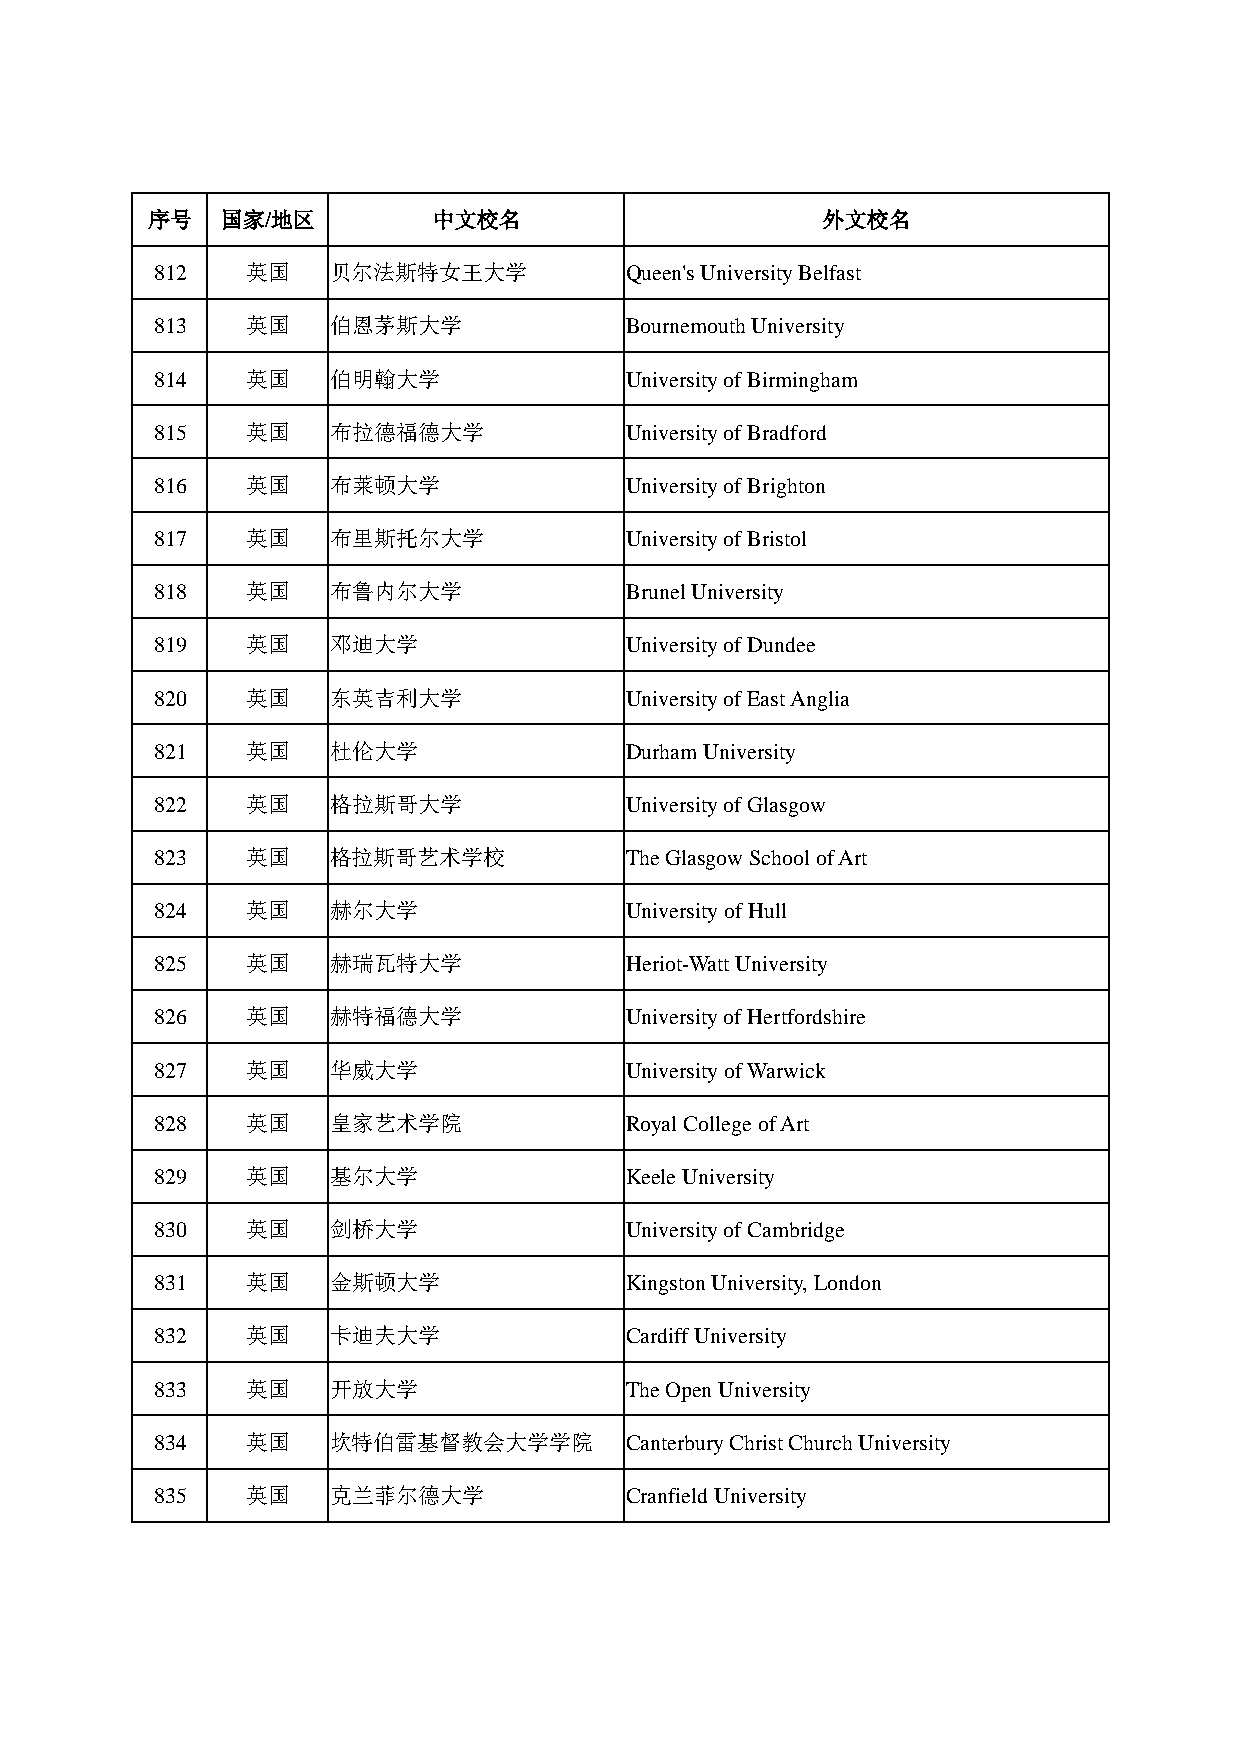
序号   国家/地区         中文校名                     外文校名
 812   英国    贝尔法斯特女王大学          Queen's University Belfast
 813   英国    伯恩茅斯大学             Bournemouth University
 814   英国    伯明翰大学              University of Birmingham
 815   英国    布拉德福德大学            University of Bradford
 816   英国    布莱顿大学              University of Brighton
 817   英国    布里斯托尔大学            University of Bristol
 818   英国    布鲁内尔大学             Brunel University
 819   英国    邓迪大学               University of Dundee
 820   英国    东英吉利大学             University of East Anglia
 821   英国    杜伦大学               Durham University
 822   英国    格拉斯哥大学             University of Glasgow
 823   英国    格拉斯哥艺术学校           The Glasgow School of Art
 824   英国    赫尔大学               University of Hull
 825   英国    赫瑞瓦特大学             Heriot-Watt University
 826   英国    赫特福德大学             University of Hertfordshire
 827   英国    华威大学               University of Warwick
 828   英国    皇家艺术学院             Royal College of Art
 829   英国    基尔大学               Keele University
 830   英国    剑桥大学               University of Cambridge
 831   英国    金斯顿大学              Kingston University, London
 832   英国    卡迪夫大学              Cardiff University
 833   英国    开放大学               The Open University
 834   英国    坎特伯雷基督教会大学学院       Canterbury Christ Church University
 835   英国    克兰菲尔德大学            Cranfield University